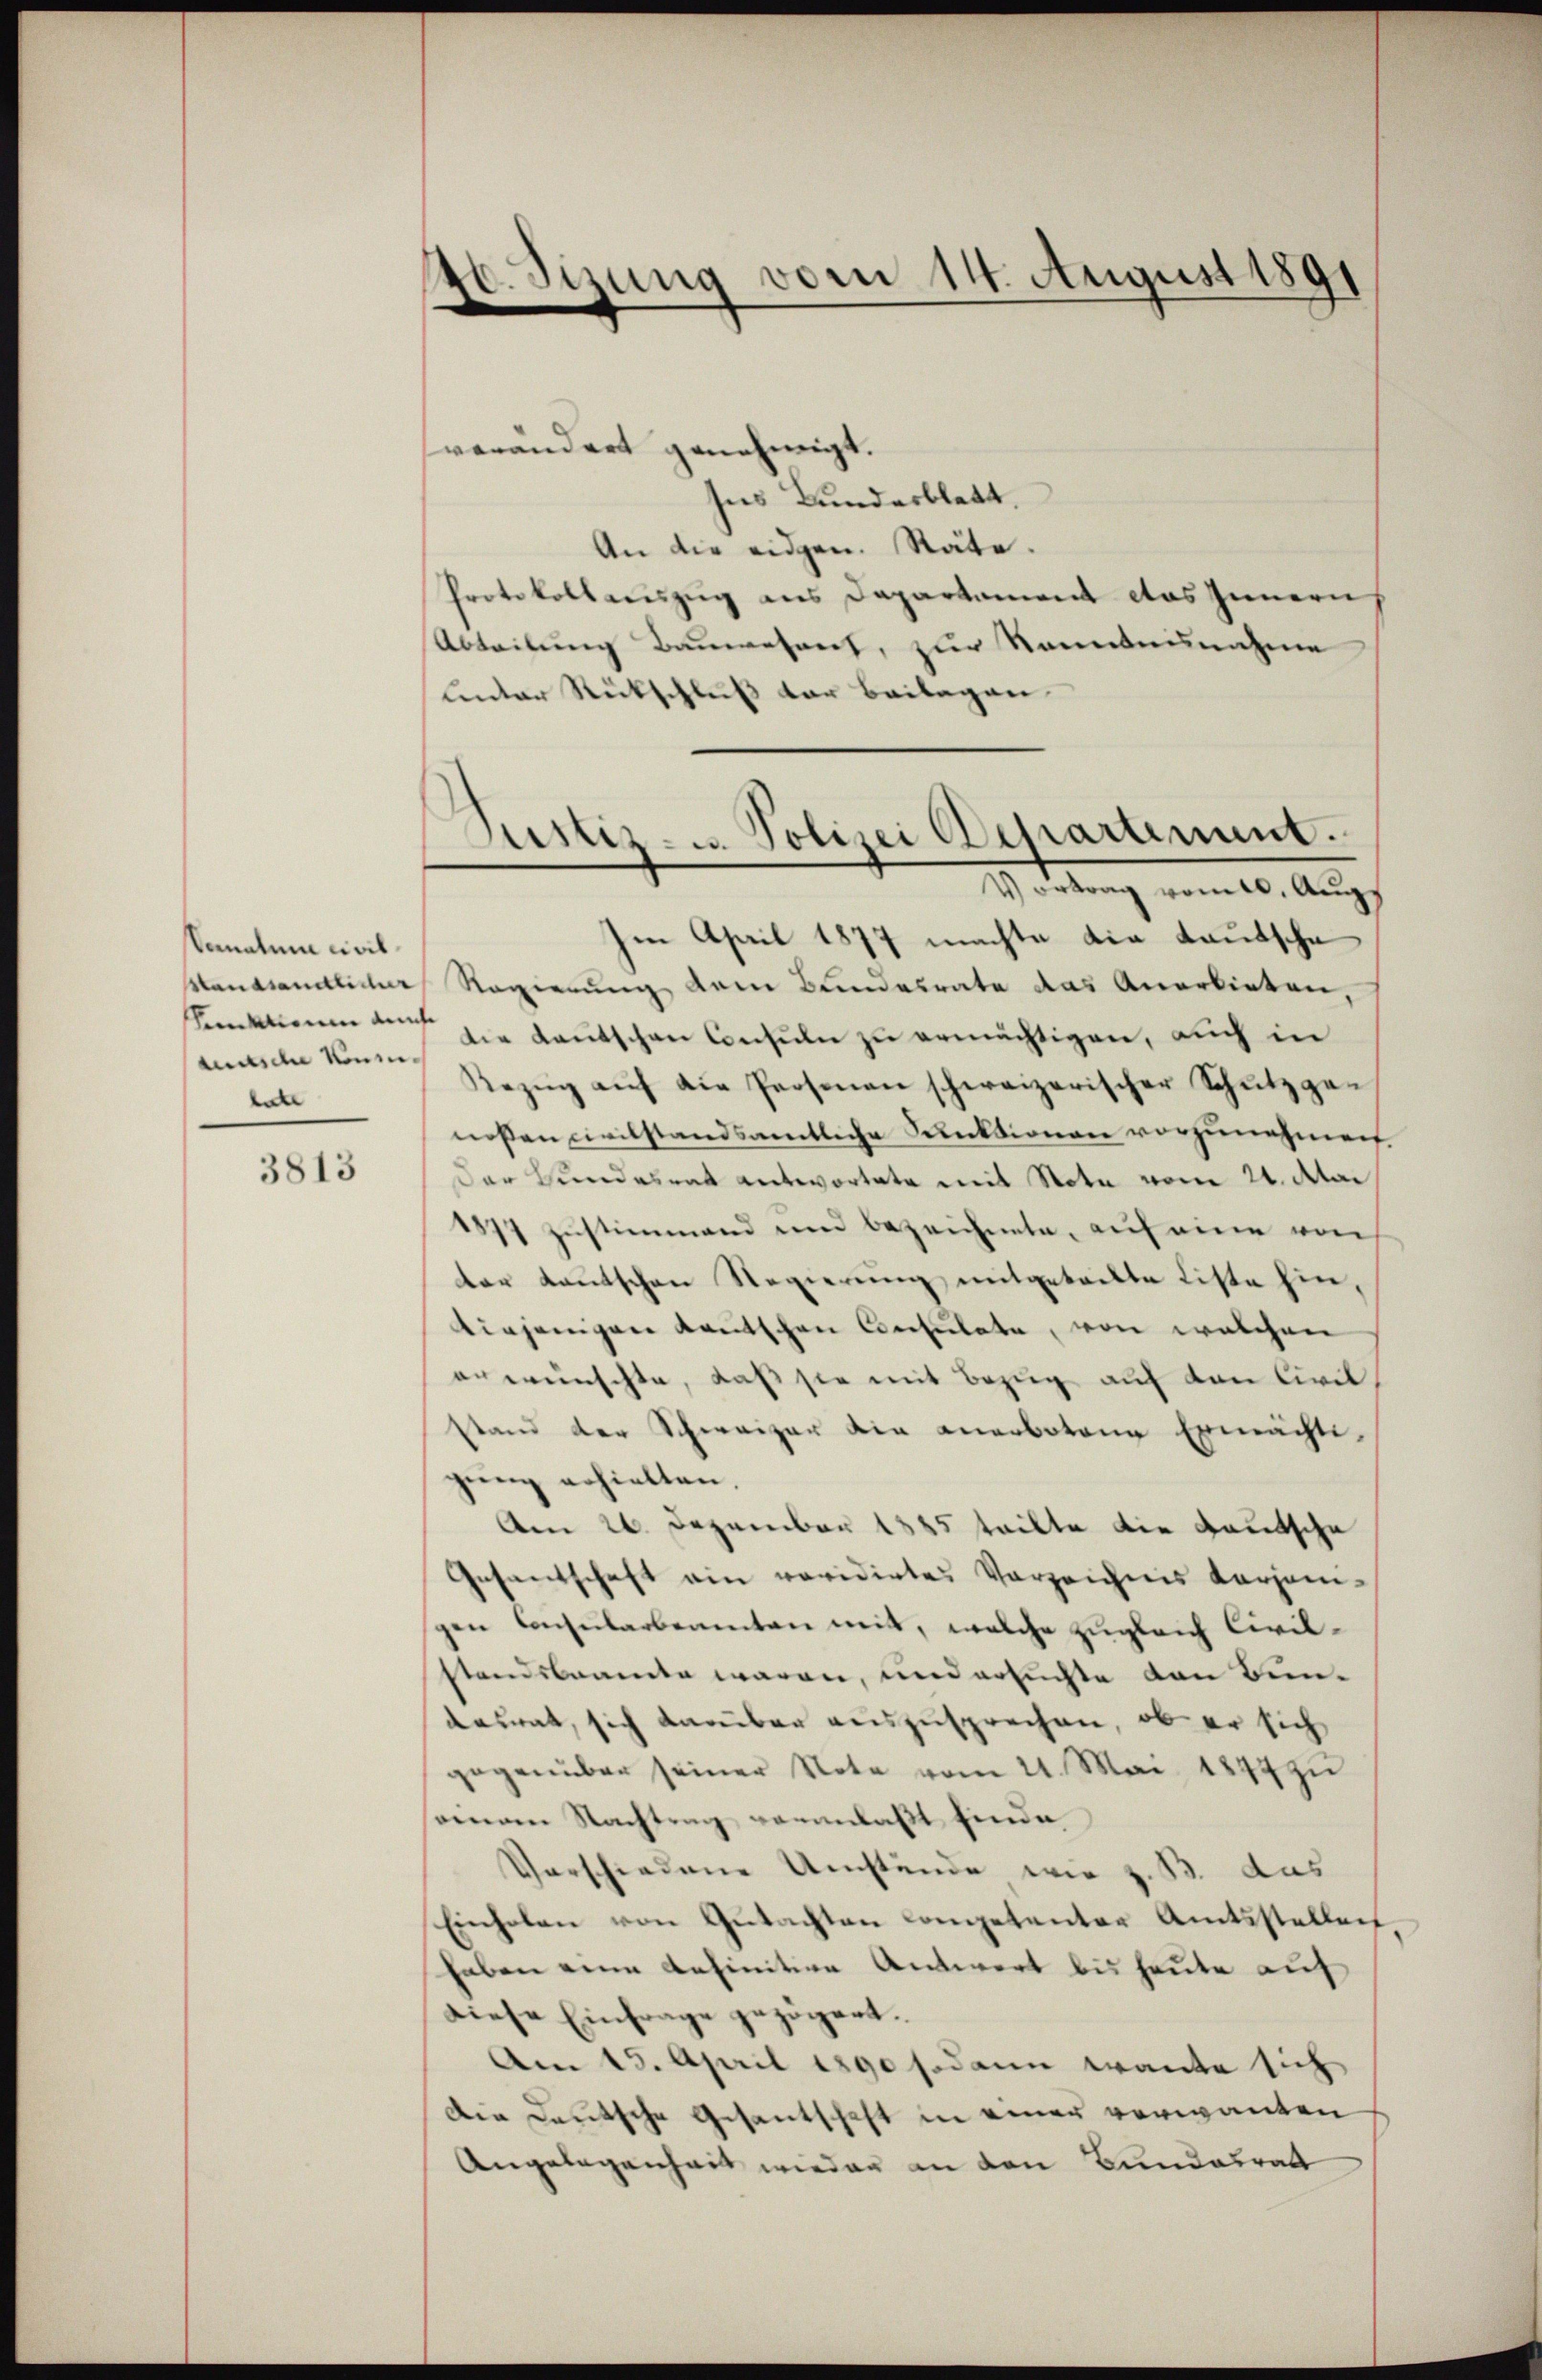
Sanatum civil¬
Standsamtlicher
kutsche Konzer.
late

3813

20. Sizung vom 14. August 1891

Justiz- u. Polizei Departement.
I. Mitung vom 10. Aug.

verändert genehmigt.
ses Bunderblatt,
An die eidgen. Räte.
Protokollauszug aus Departament das Innern,
Abteilung Bauwesent, zur Kenntnisnahme
unter Rückschluß der Beilagen
Im April 1877 machte die Lautsche
Regierung dem Bundesrate das Anerbieten,
Amation auch die Kautschen Consuln zu ermächtigen, auch in
Bezŭg aŭf die Personen schweizerischer Schutzgenoßen civilstandsamtliche Funktionen vorzunehmen
Der Bundesrat antwortete mit Nota vom 21. Atai
1877 Zustimmend und bezeichnete, auf eine von
er Kautschen Regierŭng mitgeteilte Liste hin,
tiejenigen Kautschen Censulate, von welchen
erwünschte, daß sie mit Bezug auf von Civil
stand der Schweizer die anerbotene Ermächtigŭng erhielten.
Am 26. Dezember 1885 teilte die Kautsche
Gesandschaft ein revidirtes Vorzeichnis karjoni-
gen Copularbenenten mit, welche zugleich Civilstandskramte waren, und ersuchte von Bundesrat, sich darüber auszusprechen, ob er sich
gegenüber seiner Note vom 21. Mai 1874 zŭ
seinem Nachtrag veranlaßt finde
Verschiedene Umstände wie z. B. das
Einholen von Gŭtachten competenter Amtsstellen,
haben eine definitive Antwort bis heute auf
diese Einfrage gezögert.
Am 15. April 1890 sodann traute sich
Die Deutsche Gesantschaft in einer verwanden
Angelegenheit wieder an den Bundesrat